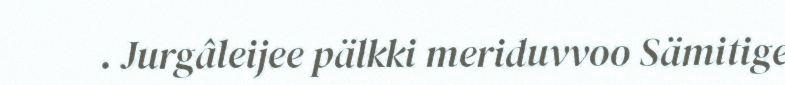
. Jurgâleijee pälkki meriduvvoo Sämitige